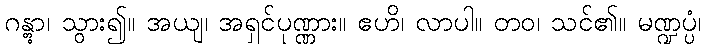
ဂန္တွာ၊ သွား၍။ အယျ၊ အရှင်ပုဏ္ဏား။ ဧဟိ၊ လာပါ။ တဝ၊ သင်၏။ မဏ္ဍပ္ပံ၊